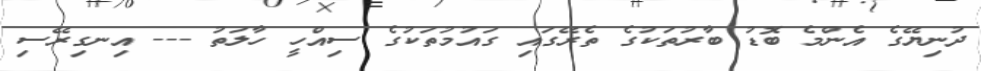
ދުނިޔޭގެ އެންމެ ބޮޑު ބާރުތަކުގެ ތެރޭގައި ގައުމުތަކުގެ ސިއްހީ ހާލަތު --- އިނގިރޭސި